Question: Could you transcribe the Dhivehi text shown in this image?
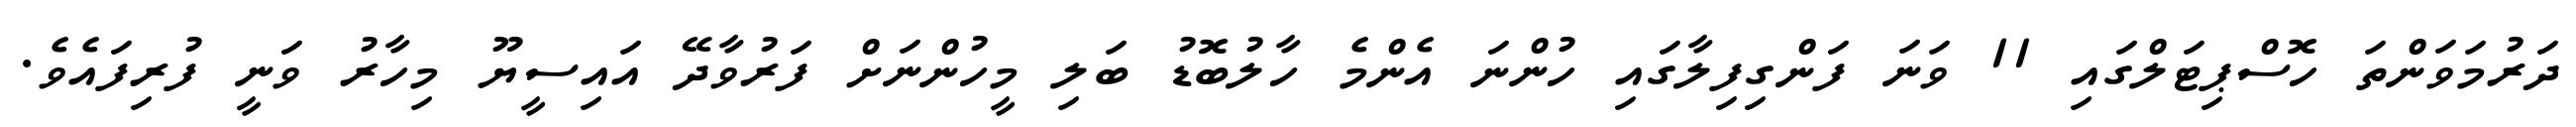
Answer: ދަރުމަވަންތަ ހޮސްޕިޓަލްގައި 11 ވަނަ ފަންގިފިލާގައި ހުންނަ އެންމެ ހާލުބޮޑު ބަލި މީހުންނަށް ފަރުވާދޭ އައިސީޔޫ މިހާރު ވަނީ ފުރިފައެވެ.